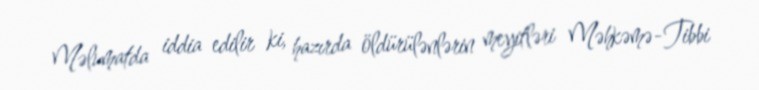
Məlumatda iddia edilir ki, hazırda öldürülənlərin meyitləri Məhkəmə-Tibbi